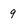
Character: g